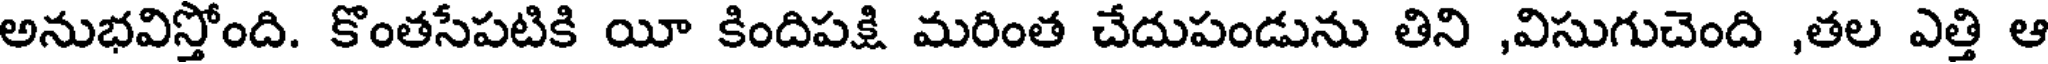
అనుభవిస్తోంది. కొంతసేపటికి యీ కిందిపక్షి మరింత చేదుపండును తిని ,విసుగుచెంది ,తల ఎత్తి ఆ